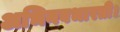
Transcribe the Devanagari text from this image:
अभिनवभारती।